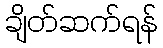
ချိတ်ဆက်ရန်